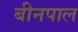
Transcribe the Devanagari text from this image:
बीनपाल